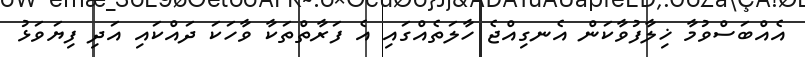
އެއްބަސްވުމާ ޚިލާފުވާކަން އެނގިއްޖެ ހާލަތެއްގައި އެ ފަރާތްތަކާ ވާހަކަ ދައްކައި އަދި ފިޔަވަޅު